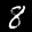
Label: 8